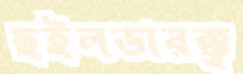
ছইলডারক্ক্ব